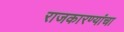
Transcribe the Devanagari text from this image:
राजकारण्यांचा